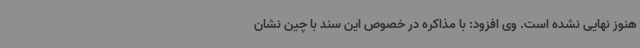
هنوز نهایی نشده است. وی افزود: با مذاکره در خصوص این سند با چین نشان